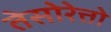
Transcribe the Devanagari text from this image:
तेसोरेत्तो